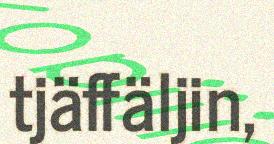
tjäffäljin,